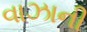
વાઝાની